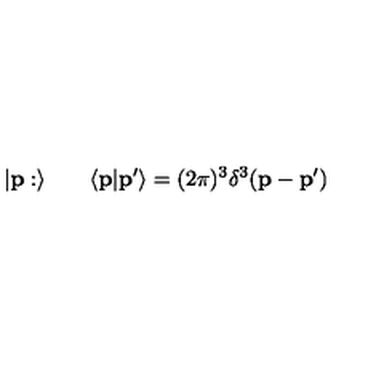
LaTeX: \vert { \bf p } : \rangle \qquad \langle { \bf p } \vert { \bf p } ^ { \prime } \rangle = ( 2 \pi ) ^ { 3 } \delta ^ { 3 } ( { \bf p } - { \bf p } ^ { \prime } )